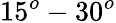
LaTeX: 15^{o}-30^{o}